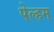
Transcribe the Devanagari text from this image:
पेल्हम